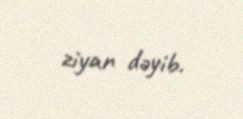
ziyan dəyib.